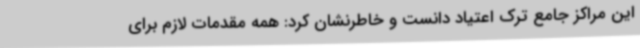
این مراکز جامع ترک اعتیاد دانست و خاطرنشان کرد: همه مقدمات لازم برای